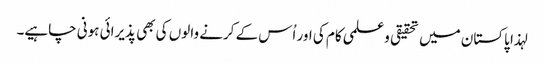
لہذا پاکستان میں تحقیقی وعلمی کام کی اور اُس کے کرنے والوں کی بھی پذیرائی ہونی چاہیے۔